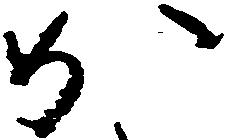
か